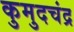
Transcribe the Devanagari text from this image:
कुमुदचंद्र